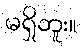
မရှိဘူး။